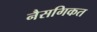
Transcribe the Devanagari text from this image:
नैसगिकत